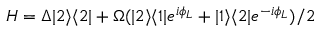
H = \Delta | 2 \rangle \langle 2 | + \Omega ( | 2 \rangle \langle 1 | e ^ { i \phi _ { L } } + | 1 \rangle \langle 2 | e ^ { - i \phi _ { L } } ) / 2